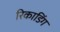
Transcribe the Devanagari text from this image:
रिकाडिंग